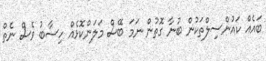
ބައެއް ކައުންސިލްތަކުން ބުނާ ގޮތުން ނަމަ ބޭސް މަލަންކޮޅެއް ހިސާބު ވެސް ނެތް